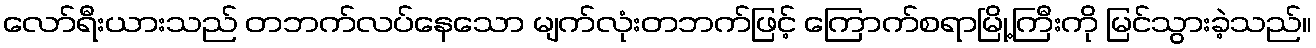
လော်ရီးယားသည် တဘက်လပ်နေသော မျက်လုံးတဘက်ဖြင့် ကြောက်စရာမြို့ကြီးကို မြင်သွားခဲ့သည်။